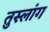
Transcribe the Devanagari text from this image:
तुस्‍लांग